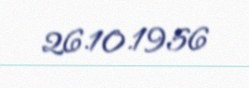
26.10.1956